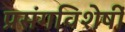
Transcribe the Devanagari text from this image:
प्रसंगविशेषीं